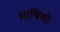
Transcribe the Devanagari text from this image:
भाषिणी